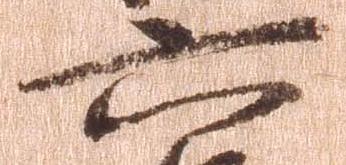
六